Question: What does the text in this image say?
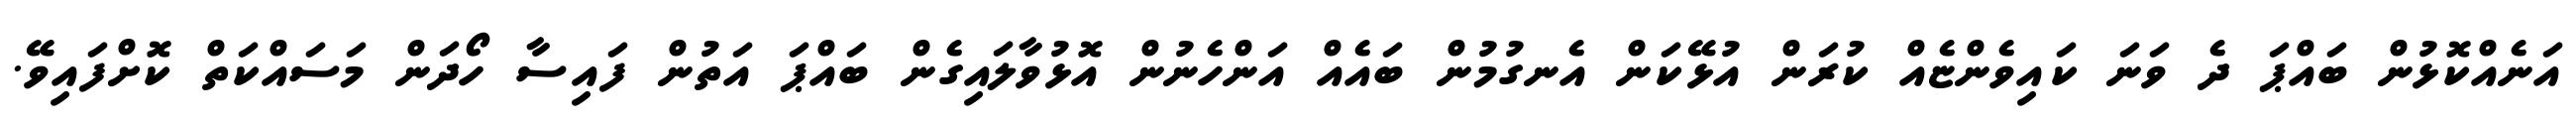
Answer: އަނެއްކޮޅުން ބައްޕަ ދެ ވަނަ ކައިވެންޏެއް ކުރަން އުޅޭކަން އެނގުމުން ބައެއް އަންހެނުން އޮޅުވާލައިގެން ބައްޕަ އަތުން ފައިސާ ހޯދަން މަސައްކަތް ކޮށްފައިވޭ.